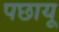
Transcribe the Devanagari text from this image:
पछायू